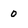
Character: o